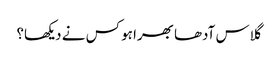
گلاس آدھا بھرا ہو کس نے دیکھا؟